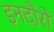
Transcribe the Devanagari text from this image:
इनदौरों